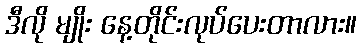
ဒီလို မျိုး နေ့တိုင်းလုပ်ပေးတာလား။